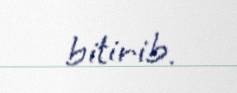
bitirib.